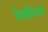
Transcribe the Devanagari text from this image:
टेसीटस